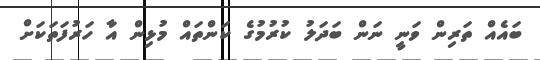
ބައެއް ތަރިން ވަނީ ނަން ބަދަލު ކުރުމުގެ ކަންތައް މުޅިން އާ ހަރުފަތަކަށް